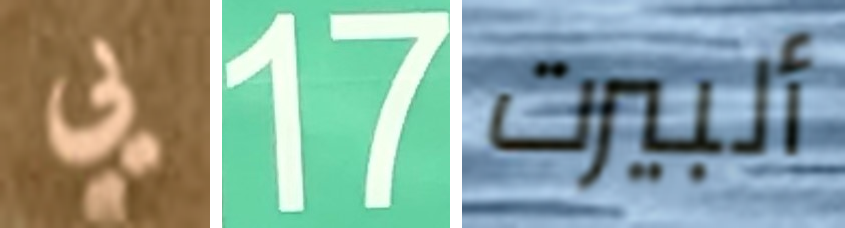
يي 17 ألبيرت